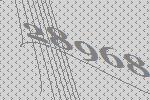
28968